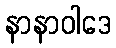
နာနာဝါဒေ